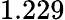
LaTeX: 1.229